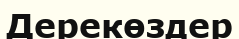
Дерекөздер